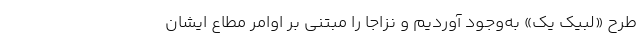
طرح «لبیک یک» به‌وجود آوردیم و نزاجا را مبتنی بر اوامر مطاع ایشان